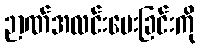
ဉာဏ်အလင်းပေးခြင်းကို